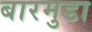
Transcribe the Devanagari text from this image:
बारमुडा